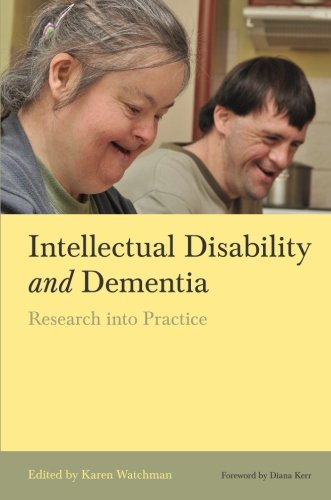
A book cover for Intellectual Disability and Dementia: Research into Practice; Medical Books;